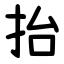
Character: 抬